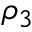
\rho _ { 3 }